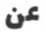
عن